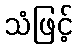
သံဖြင့်